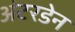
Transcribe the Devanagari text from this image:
अंटरडेन